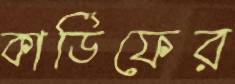
কার্ডিফের